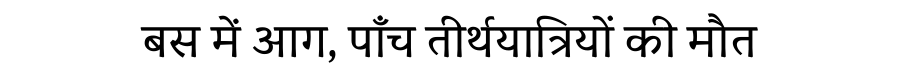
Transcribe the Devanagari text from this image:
बस में आग, पाँच तीर्थयात्रियों की मौत